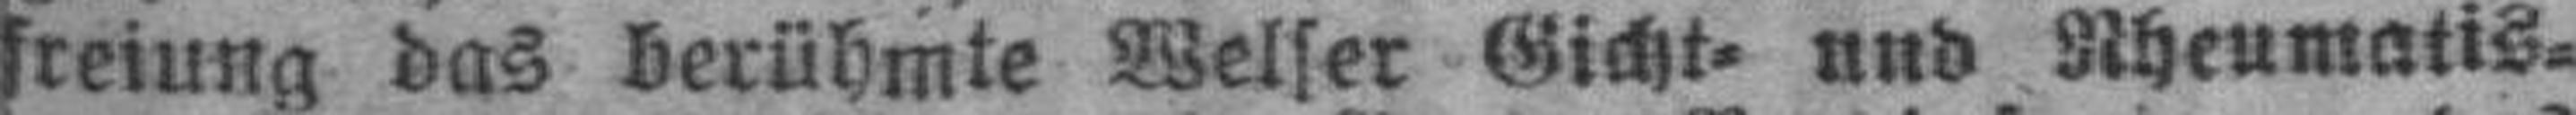
freiung das berühmte Welser Gicht= und Rheumatis¬